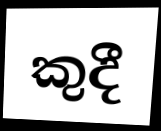
කුදී